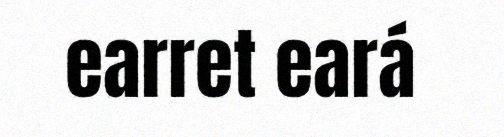
earret eará